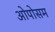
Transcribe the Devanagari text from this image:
ओपोसम